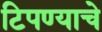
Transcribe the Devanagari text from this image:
टिपण्याचे